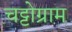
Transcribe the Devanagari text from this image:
चट्टोग्राम